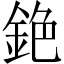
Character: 銫